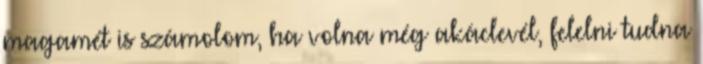
magamét is számolom, ha volna még akáclevél, felelni tudna